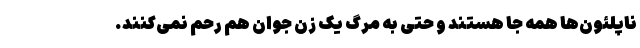
ناپلئون‌ها همه جا هستند و حتی به مرگ یک زن جوان هم رحم نمی‌کنند.